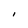
Character: l